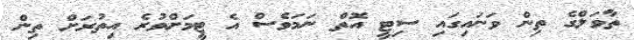
ތާވަލްގެ ތިން ވަނައިގައި ސިޓީ އޮތް ނަމަވެސް އެ ޓީމަށްވުރެ އިތުރަށް ތިން